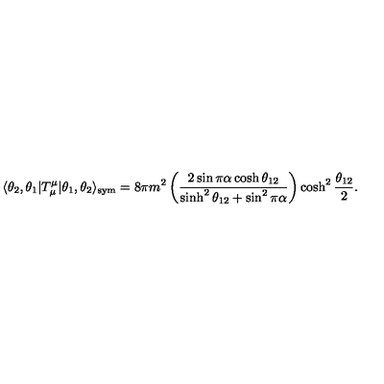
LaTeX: \langle \theta _ { 2 } , \theta _ { 1 } | T _ { \mu } ^ { \mu } | \theta _ { 1 } , \theta _ { 2 } \rangle _ { \mathrm { s y m } } = 8 \pi m ^ { 2 } \left( \frac { 2 \sin \pi \alpha \cosh \theta _ { 1 2 } } { \sinh ^ { 2 } \theta _ { 1 2 } + \sin ^ { 2 } \pi \alpha } \right) \cosh ^ { 2 } \frac { \theta _ { 1 2 } } { 2 } .